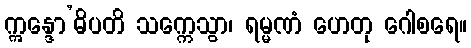
ဣန္ဒော’ဓိပတိ သက္ကေသွာ၊ ရမ္မဏံ ဟေတု ဂေါစရေ။